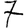
Digit: 7